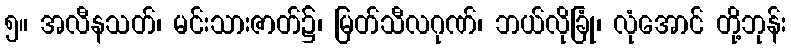
၅။ အလီနသတ်၊ မင်းသားဇာတ်၌၊ မြတ်သီလဂုဏ်၊ ဘယ်လိုခြုံ၊ လုံအောင် တို့ဘုန်း